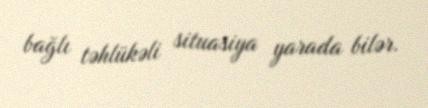
bağlı təhlükəli situasiya yarada bilər.